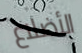
الأضلاع